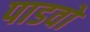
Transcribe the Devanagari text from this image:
पाडवो